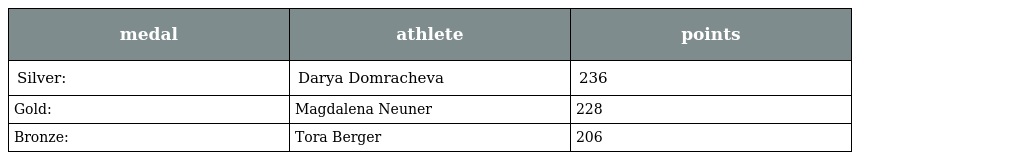
| medal | athlete | points |
 | --- | --- | --- |
 | Silver: | Darya Domracheva | 236 |
 | Gold: | Magdalena Neuner | 228 |
 | Bronze: | Tora Berger | 206 |